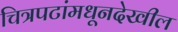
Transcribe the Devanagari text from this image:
चित्रपटांमधूनदेखील